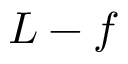
L - f